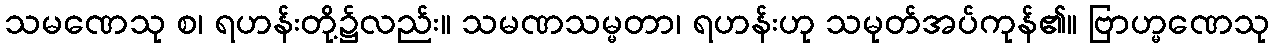
သမဏေသု စ၊ ရဟန်းတို့၌လည်း။ သမဏသမ္မတာ၊ ရဟန်းဟု သမုတ်အပ်ကုန်၏။ ဗြာဟ္မဏေသု